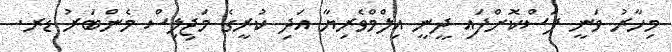
މިހާރު ވަނީ ފަސްކޮށްފައި ދީނީ އިލްމްވެރިޔާ އަދި ކުރީގެ މަޖިލިސް މެންބަރު ޑރ.